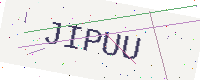
Text: JIPUU